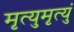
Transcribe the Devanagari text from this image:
मृत्युमृत्युं